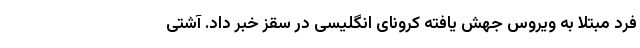
فرد مبتلا به ویروس جهش یافته کرونای انگلیسی در سقز خبر داد. آشتی